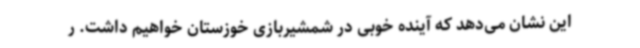
این نشان می‌دهد که آینده خوبی در شمشیربازی خوزستان خواهیم داشت. ر